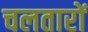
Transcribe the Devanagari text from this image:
चलतारों